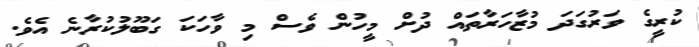
ކުރީގެ ވަރުގަދަ މުޒާހަރާތައް ދުށް މީހުން ވެސް މި ވާހަކަ ގަބޫލުކުރާނެ އެވެ.